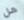
هل